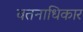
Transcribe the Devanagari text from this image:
वतनाधिकार